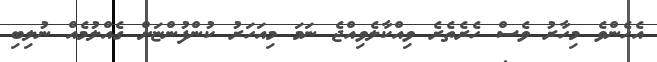
އެހެންވެ މިހާރު ވެސް ހެރެތެރެ ވިއްކާލެވިއްޖެ ނަމަ މިއަހަރު ކުންފުންޏަށް ގެއްލުމެއް ނުލިބި